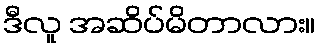
ဒီလူ အဆိပ်မိတာလား။